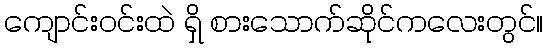
ကျောင်းဝင်းထဲ ရှိ စားသောက်ဆိုင်ကလေးတွင်။